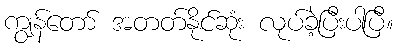
ကျွန်တော် အတတ်နိုင်ဆုံး လုပ်ခဲ့ပြီးပါပြီ။